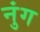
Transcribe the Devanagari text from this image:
नुंग